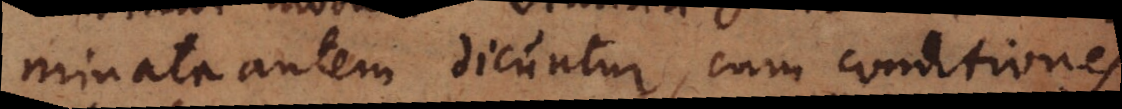
minata autem dicuntur, cum conditiones